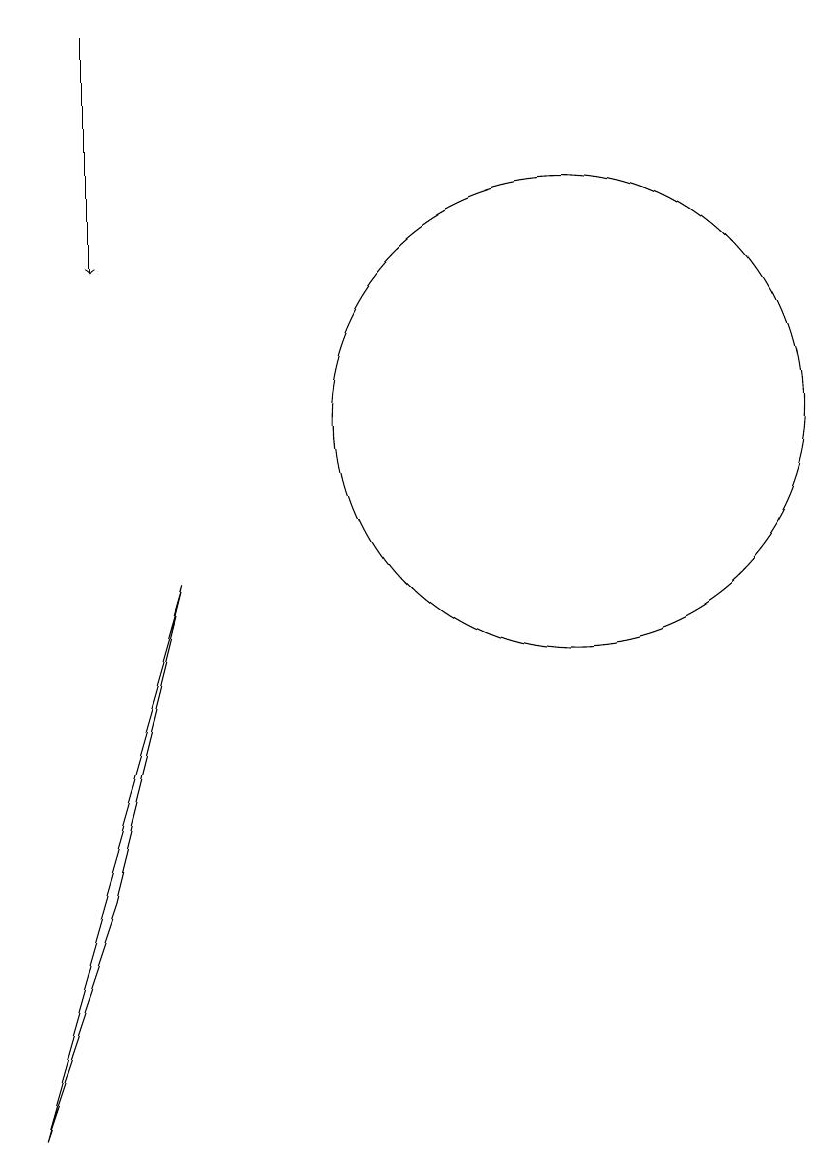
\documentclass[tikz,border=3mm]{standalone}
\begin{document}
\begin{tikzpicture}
\draw (5,4) -- (4,1) -- (6,8) -- cycle;
\draw (11,10) circle (3);
\draw[->] (5,15) -- (5,12);
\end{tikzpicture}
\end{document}